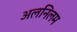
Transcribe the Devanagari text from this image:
अलनिलम